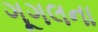
ગૂગલના